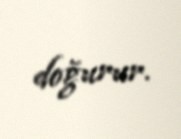
doğurur.